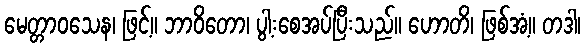
မေတ္တာဝသေန၊ ဖြင့်။ ဘာဝိတော၊ ပွါ့းစေအပ်ပြီးသည်။ ဟောတိ၊ ဖြစ်အံ့။ တဒါ၊